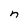
Character: n